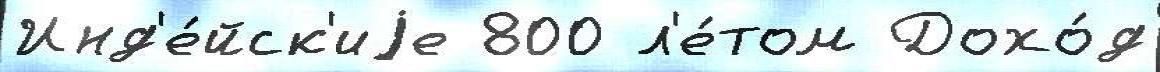
Инд'е́йск'иjе 800 л'е́том Дохо́д